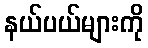
နယ်ပယ်များကို